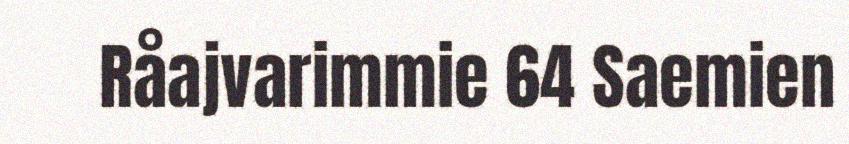
Råajvarimmie 64 Saemien